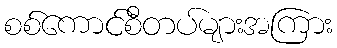
စစ်ကောင်စီတပ်များအကြား